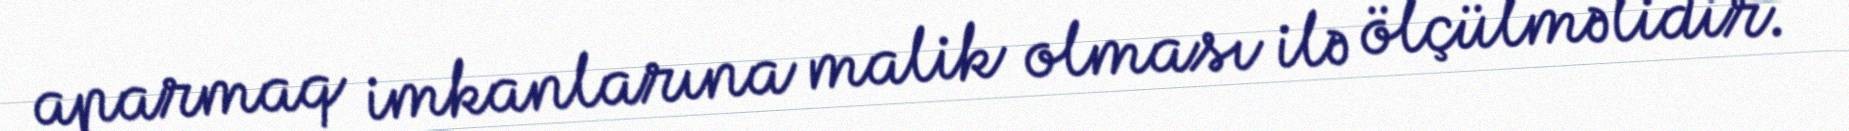
aparmaq imkanlarına malik olması ilə ölçülməlidir.